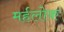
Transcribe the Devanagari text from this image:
मर्हलोक